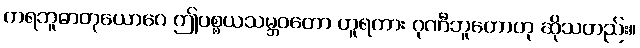
ကရဘူဓာတုယောဂေ ဤပစ္စယသမ္ဘဝတော ဟူရကား ဂုဏီဘူတောဟု ဆိုသတည်း။